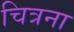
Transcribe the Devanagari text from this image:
चित्रना